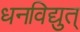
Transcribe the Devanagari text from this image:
धनविद्युत्